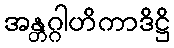
အန္တဂ္ဂါဟိကာဒိဋ္ဌိ